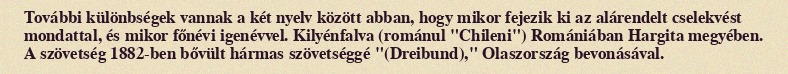
További különbségek vannak a két nyelv között abban, hogy mikor fejezik ki az alárendelt cselekvést mondattal, és mikor főnévi igenévvel. Kilyénfalva (románul "Chileni") Romániában Hargita megyében. A szövetség 1882-ben bővült hármas szövetséggé "(Dreibund)," Olaszország bevonásával.